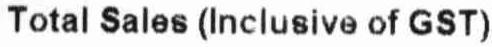
TOTAL SALES (INCLUSIVE OF GST)